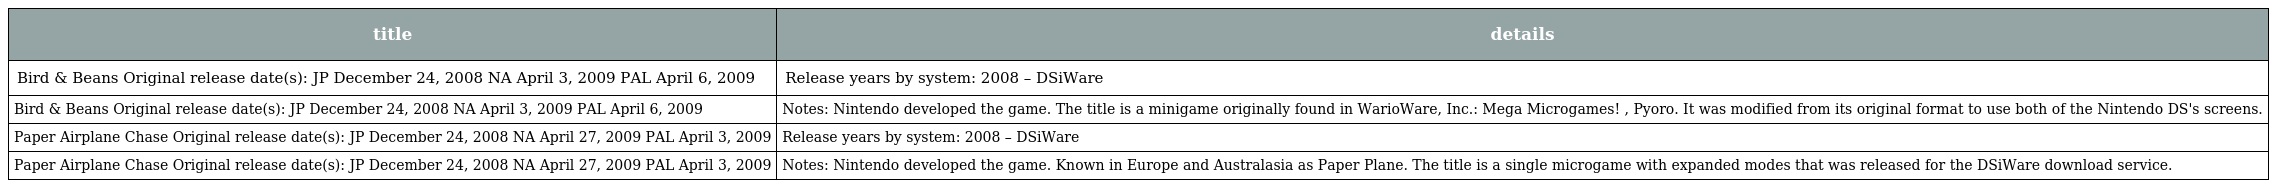
| title | details |
 | --- | --- |
 | Bird & Beans Original release date(s): JP December 24, 2008 NA April 3, 2009 PAL April 6, 2009 | Release years by system: 2008 – DSiWare |
 | Bird & Beans Original release date(s): JP December 24, 2008 NA April 3, 2009 PAL April 6, 2009 | Notes: Nintendo developed the game. The title is a minigame originally found in WarioWare, Inc.: Mega Microgames! , Pyoro. It was modified from its original format to use both of the Nintendo DS's screens. |
 | Paper Airplane Chase Original release date(s): JP December 24, 2008 NA April 27, 2009 PAL April 3, 2009 | Release years by system: 2008 – DSiWare |
 | Paper Airplane Chase Original release date(s): JP December 24, 2008 NA April 27, 2009 PAL April 3, 2009 | Notes: Nintendo developed the game. Known in Europe and Australasia as Paper Plane. The title is a single microgame with expanded modes that was released for the DSiWare download service. |